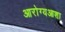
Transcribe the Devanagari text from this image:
आरोग्यआशा